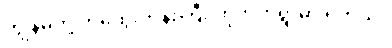
ကျွန်မတို့ ဘထွေးဘုန်းကြီး ဟိုဘက်ရွာမှာ ရှိတယ်။